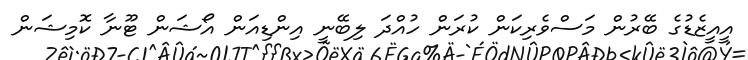
އީއީޒެޑުގެ ބޭރުން މަސްވެރިކަން ކުރަން ހުއްދަ ލިބޭނީ އިންޑިއަން އޯޝަން ޓޫނާ ކޮމިޝަން